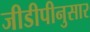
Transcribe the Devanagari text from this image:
जीडीपीनुसार